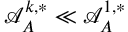
\mathcal { A } _ { A } ^ { k , * } \ll \mathcal { A } _ { A } ^ { 1 , * }